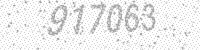
Solution: 917063